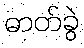
ဓာတ်ခွဲ